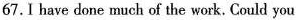
67.I have done much of the work. Could you